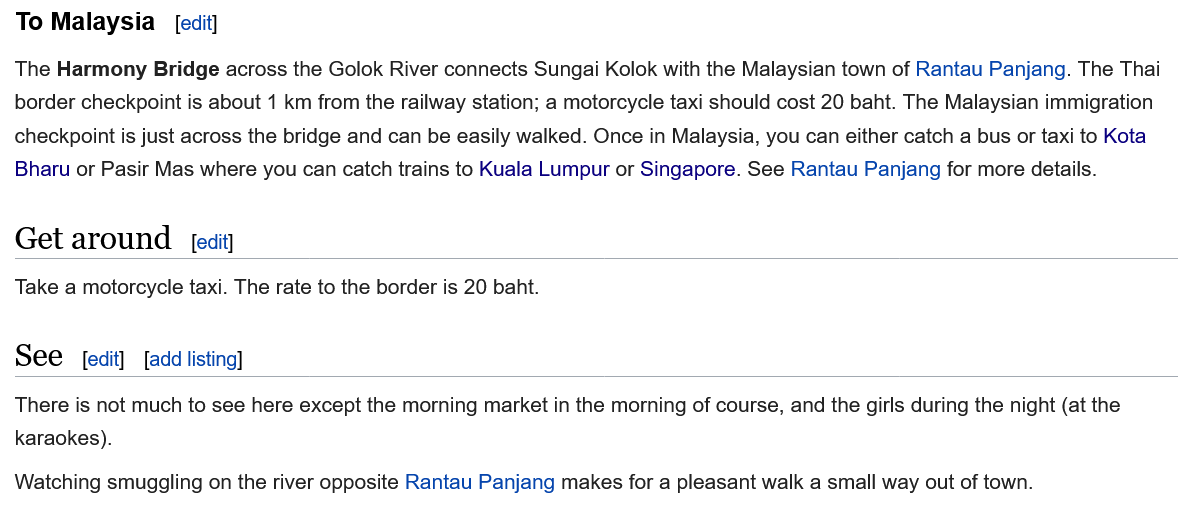
To Malaysia
  See
  There is not much to see here except the morning market in the morning of course, and the girls during the night (at the
  karaokes).
  Watching smuggling on the river opposite Rantau Panjang makes for a pleasant walk a small way out of town.
  Take a motorcycle taxi. The rate to the border is 20 baht.
  The Harmony  Bridge across the Golok River connects Sungai Kolok with the Malaysian town of Rantau Panjang. The Thai
  border checkpoint is about 1 km from the railway station; a motorcycle taxi should cost 20 baht. The Malaysian immigration
  checkpoint is just across the bridge and can be easily walked. Once in Malaysia, you can either catch a bus or taxi to Kota
  Bharu or Pasir Mas where you can catch trains to Kuala Lumpur or Singapore. See Rantau Panjang for more details.
     fedit]
  Get  around    [edit
     [edit] [add listing]